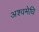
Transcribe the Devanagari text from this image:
अश्वमेधि